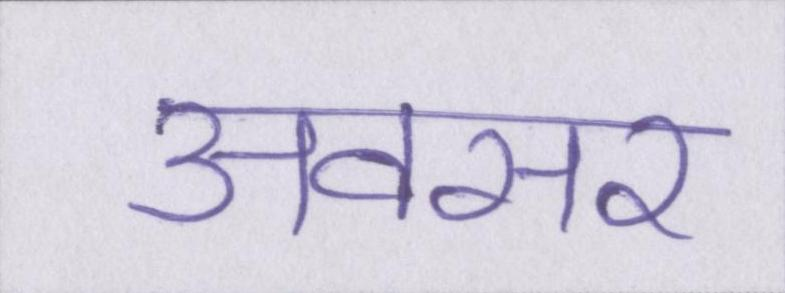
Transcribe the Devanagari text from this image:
अवसर